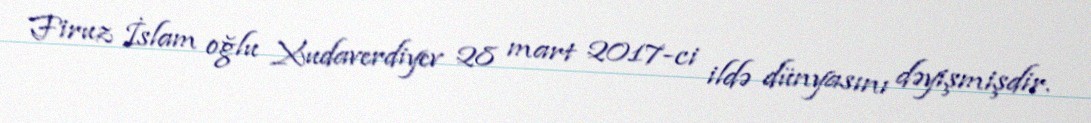
Firuz İslam oğlu Xudaverdiyev 28 mart 2017-ci ildə dünyasını dəyişmişdir.